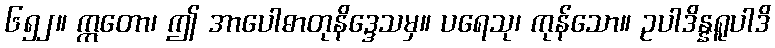
၆၅၂။ ဣတော၊ ဤ အာပေါဓာတုနိဒ္ဒေသမှ။ ပရေသု၊ ကုန်သော။ ဥပါဒိန္နရူပါဒိ